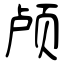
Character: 颅